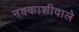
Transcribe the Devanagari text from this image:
नक्काशीवाले